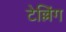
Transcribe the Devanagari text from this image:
टेल्लिंग